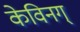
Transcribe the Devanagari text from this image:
केविनग्